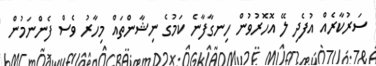
ސަރުކާރެއް އުފެދި ލޭ އޮހޮރުވުން ހިނގާފާނެ ކަމުގެ ނިޝާންތައް މިހާރު ވެސް ފެންނަމުން